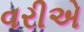
વરીએ